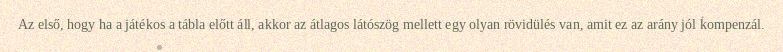
Az első, hogy ha a játékos a tábla előtt áll, akkor az átlagos látószög mellett egy olyan rövidülés van, amit ez az arány jól kompenzál.